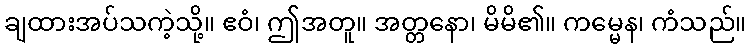
ချထားအပ်သကဲ့သို့။ ဧဝံ၊ ဤအတူ။ အတ္တနော၊ မိမိ၏။ ကမ္မေန၊ ကံသည်။